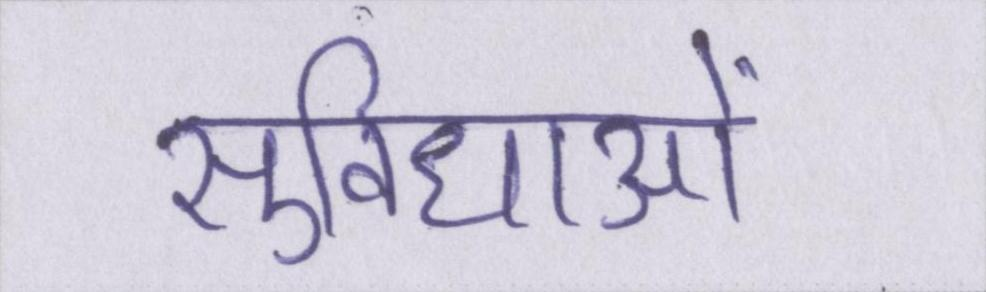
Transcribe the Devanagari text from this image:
सुविधाओं